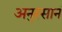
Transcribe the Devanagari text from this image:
अनुस्सानं